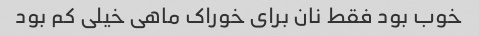
خوب بود فقط نان برای خوراک ماهی خیلی کم بود